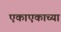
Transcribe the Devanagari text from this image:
एकाएकाच्या